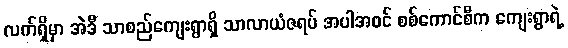
လက်ရှိမှာ အဲဒီ သာစည်ကျေးရွာရှိ သာလာယံဇရပ် အပါအဝင် စစ်ကောင်စီက ကျေးရွာရဲ့